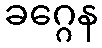
ခဂ္ဂေန